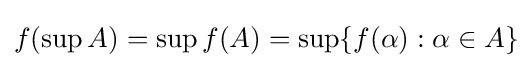
f(\sup A)=\sup f(A)=\sup\{f(\alpha ):\alpha \in A\}